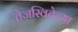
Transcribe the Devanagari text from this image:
तेजस्वितेच्या